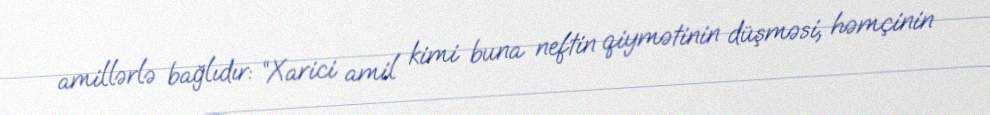
amillərlə bağlıdır: “Xarici amil kimi buna neftin qiymətinin düşməsi, həmçinin